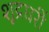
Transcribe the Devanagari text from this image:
शूद्रघरीं